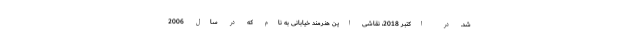
شد. در اکتبر 2018، نقاشی این هنرمند خیابانی به نام که در سال 2006